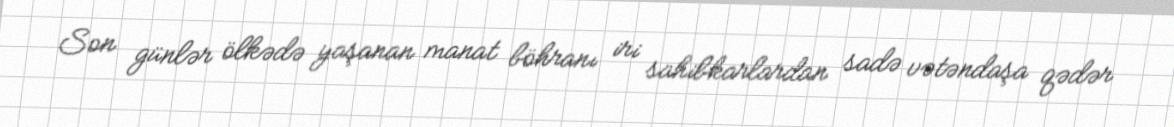
Son günlər ölkədə yaşanan manat böhranı iri sahibkarlardan sadə vətəndaşa qədər